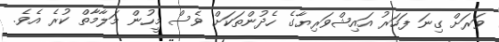
ވަރަށް ގިނަ ފަހަރު އައިޝްވަރިޔާގެ ހެދުންތަކަށް ވެސް މީހުން މަލާމާތް ކުރެ އެވެ.